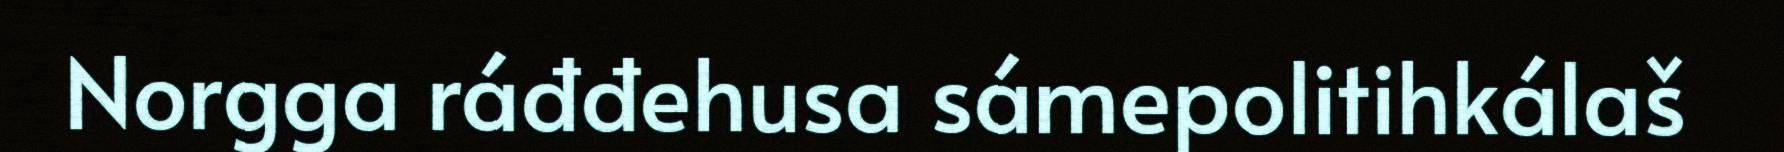
Norgga ráđđehusa sámepolitihkálaš